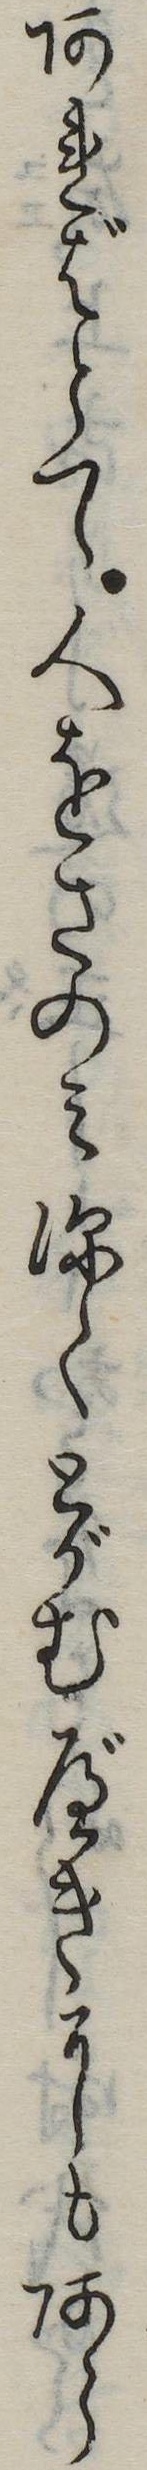
あればとて人をさのみ深くとがむべきにもあら